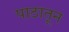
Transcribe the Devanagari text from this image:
पाठातून